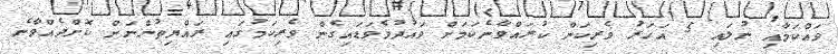
ވައްކަމާއި ނުލައި 5 އަހަރު ވެރިކަން ކުރައްވާނެކަމަށް ވައުދުވެވަޑައިގެން ވެރިކަމުގައި ރައްޔިތުންނަށް ކޮށްދެއްވާނެ